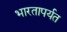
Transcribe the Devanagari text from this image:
भारतापर्यत